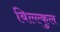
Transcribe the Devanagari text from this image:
बिल्ल्कुल